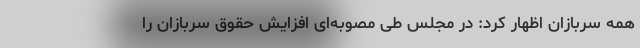
همه سربازان اظهار کرد: در مجلس طی مصوبه‌ای افزایش حقوق سربازان را